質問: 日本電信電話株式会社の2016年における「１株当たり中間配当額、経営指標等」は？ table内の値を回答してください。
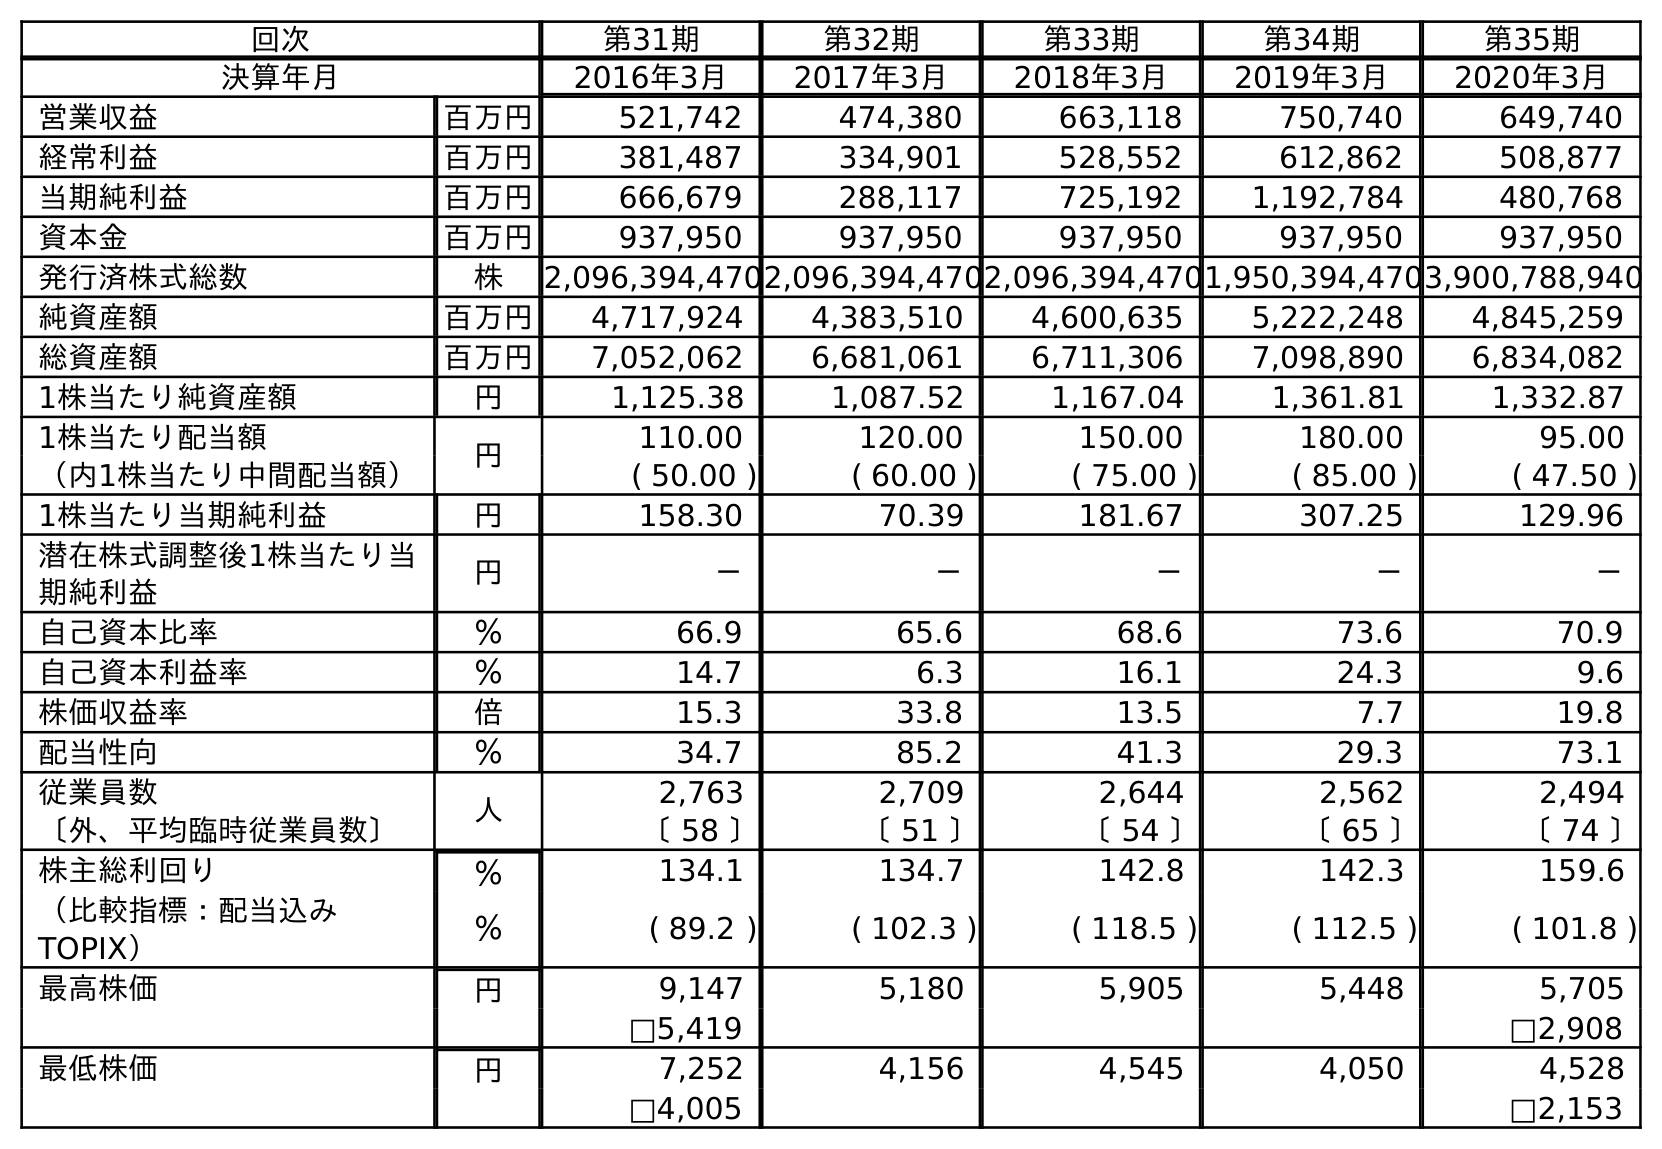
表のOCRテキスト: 回次 第31期 第32期 第33期 第34期 第35期 決算年月 2016年3月 2017年3月 2018年3月 2019年3月 2020年3月 営業収益 百万円 521,742 474,380 663,118 750,740 649,740 経常利益 百万円 381,487 334,901 528,552 612,862 508,877 当期純利益 百万円 666,679 288,117 725,192 1,192,784 480,768 資本金 百万円 937,950 937,950 937,950 937,950 937,950 発行済株式総数 株 2,096,394,4702,096,394,4702,096,394,4701,950,394,4703,900,788,940 純資産額 百万円 4,717,924 4,383,510 4,600,635 5,222,248 4,845,259 総資産額 百万円 7,052,062 6,681,061 6,711,306 7,098,890 6,834,082 1株当たり純資産額 円 1,125.38 1,087.52 1,167.04 1,361.81 1,332.87 1株当たり配当額 円 110.00 120.00 150.00 180.00 95.00 （内1株当たり中間配当額） ( 50.00 ) ( 60.00 ) ( 75.00 ) ( 85.00 ) ( 47.50 ) 1株当たり当期純利益 円 158.30 70.39 181.67 307.25 129.96 潜在株式調整後1株当たり当 期純利益 円 － － － － － 自己資本比率 ％ 66.9 65.6 68.6 73.6 70.9 自己資本利益率 ％ 14.7 6.3 16.1 24.3 9.6 株価収益率 倍 15.3 33.8 13.5 7.7 19.8 配当性向 ％ 34.7 85.2 41.3 29.3 73.1 従業員数 人 2,763 2,709 2,644 2,562 2,494 〔外、平均臨時従業員数〕 〔 58 〕 〔 51 〕 〔 54 〕 〔 65 〕 〔 74 〕 株主総利回り ％ 134.1 134.7 142.8 142.3 159.6 （比較指標：配当込み TOPIX） ％ ( 89.2 ) ( 102.3 ) ( 118.5 ) ( 112.5 ) ( 101.8 ) 最高株価 円 9,147 5,180 5,905 5,448 5,705 □5,419 □2,908 最低株価 円 7,252 4,156 4,545 4,050 4,528 □4,005 □2,153
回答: (50.00)